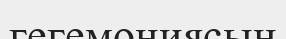
гегемониясын